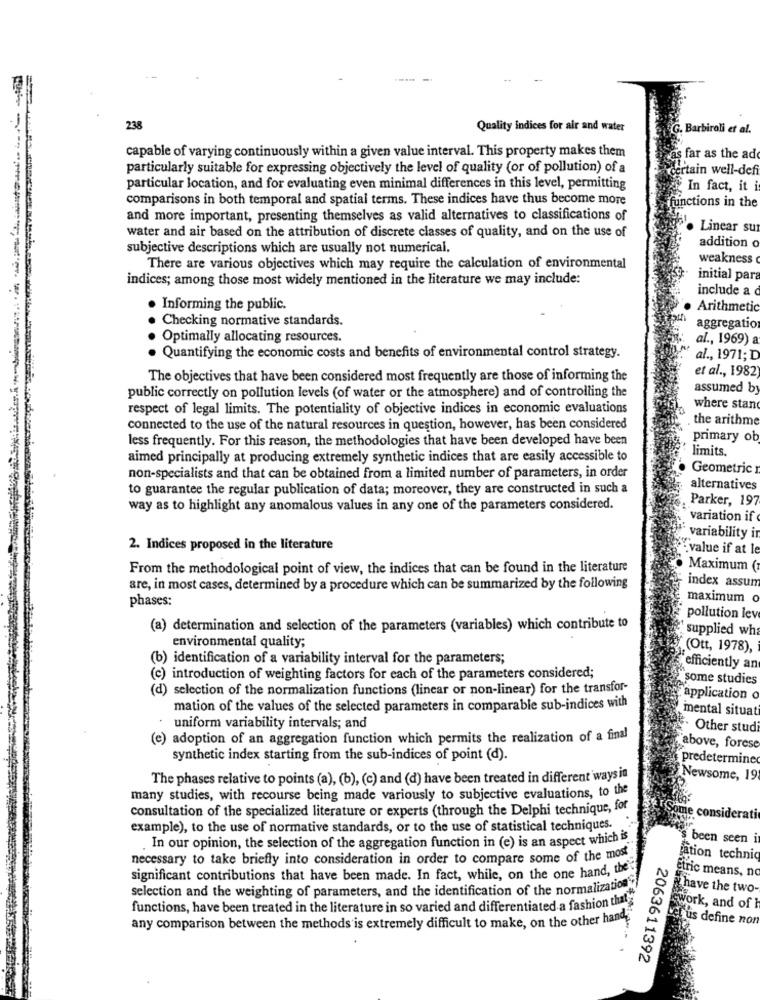
238
Quality Indices for air and water
Barbiroli et al.
capable of varying continuously within a given value interval. This property makes them
as far as the ad
particularly suitable for expressing objectively the level of quality (or of pollution) of a
certain well-def
particular location, and for evaluating even minimal differences in this level, permitting
In fact, it is
comparisons in both temporal and spatial terms. These indices have thus become more
functions in the
and more important, presenting themselves as valid alternatives to classifications of
water and air based on the attribution of discrete classes of quality, and on the use of
Linear su
addition o
subjective descriptions which are usually not numerical.
weakness
There are various objectives which may require the calculation of environmental
indices; among those most widely mentioned in the literature we may include:
initial par
include a
Informing the public.
Arithmetic
Checking normative standards.
aggregatio
Optimally allocating resources.
al ., 1969) a
Quantifying the economic costs and benefits of environmental control strategy.
al ., 1971; D
et al ., 1982
The objectives that have been considered most frequently are those of informing the
public correctly on pollution levels (of water or the atmosphere) and of controlling the
assumed by
respect of legal limits. The potentiality of objective indices in economic evaluations
where stan
the arithme
connected to the use of the natural resources in question, however, has been considered
less frequently. For this reason, the methodologies that have been developed have been
primary ob
limits.
aimed principally at producing extremely synthetic indices that are easily accessible to
Geometric
non-specialists and that can be obtained from a limited number of parameters, in order
to guarantee the regular publication of data; moreover, they are constructed in such a
alternatives
Parker, 197
way as to highlight any anomalous values in any one of the parameters considered.
variation if
variability in
2. Indices proposed in the literature
value if at le
From the methodological point of view, the indices that can be found in the literature
Maximum (
index assum
are, in most cases, determined by a procedure which can be summarized by the following
phases:
maximum o
pollution lev
(a) determination and selection of the parameters (variables) which contribute to
supplied wh
environmental quality;
(Ott, 1978),
(b) identification of a variability interval for the parameters;
efficiently an
(c) introduction of weighting factors for each of the parameters considered;
some studies
(d) selection of the normalization functions (linear or non-linear) for the transfor-
application o
mation of the values of the selected parameters in comparable sub-indices with
mental situat
uniform variability intervals; and
Other stud
(e) adoption of an aggregation function which permits the realization of a final
"above, forese
synthetic index starting from the sub-indices of point (d).
predetermine
The phases relative to points (a), (b), (c) and (d) have been treated in different ways in
Newsome, 19
many studies, with recourse being made variously to subjective evaluations, to the
consultation of the specialized literature or experts (through the Delphi technique, for
e considerati
example), to the use of normative standards, or to the use of statistical techniques.
In our opinion, the selection of the aggregation function in (e) is an aspect which is
been seen i
necessary to take briefly into consideration in order to compare some of the most
ation technic
significant contributions that have been made. In fact, while, on the one hand, the
Etric means, no
selection and the weighting of parameters, and the identification of the normalization
i have the two-
functions, have been treated in the literature in so varied and differentiated a fashion that
ework, and of h
tus define non
any comparison between the methods is extremely difficult to make, on the other hand
2063611392